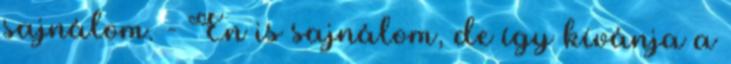
sajnálom. - Én is sajnálom, de így kívánja a